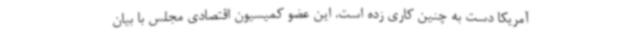
آمریکا دست به چنین کاری زده است. این عضو کمیسیون اقتصادی مجلس با بیان